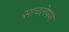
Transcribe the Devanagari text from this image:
साचलेपण